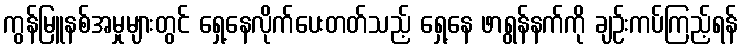
ကွန်မြူနစ်အမှုများတွင် ရှေ့နေလိုက်ပေးတတ်သည့် ရှေ့နေ ဖာရွန်နက်ကို ချဉ်းကပ်ကြည့်ရန်